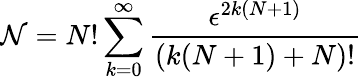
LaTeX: \mathcal{N}=N!\sum_{k=0}^{\infty}\frac{\epsilon^{2k(N+1)}}{(k(N+1)+N)!}